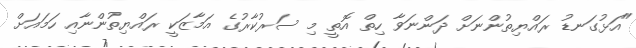
"އަޅުގަނޑު ރައްޔިތުންނަށް ދަންނަވާ ހިތް އޮތީ މި ސަރުކާރުގެ އަމާޒަކީ ރައްޔިތުންނާއި ހަމައަށް